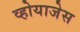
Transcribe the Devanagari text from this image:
व्होयाजेस